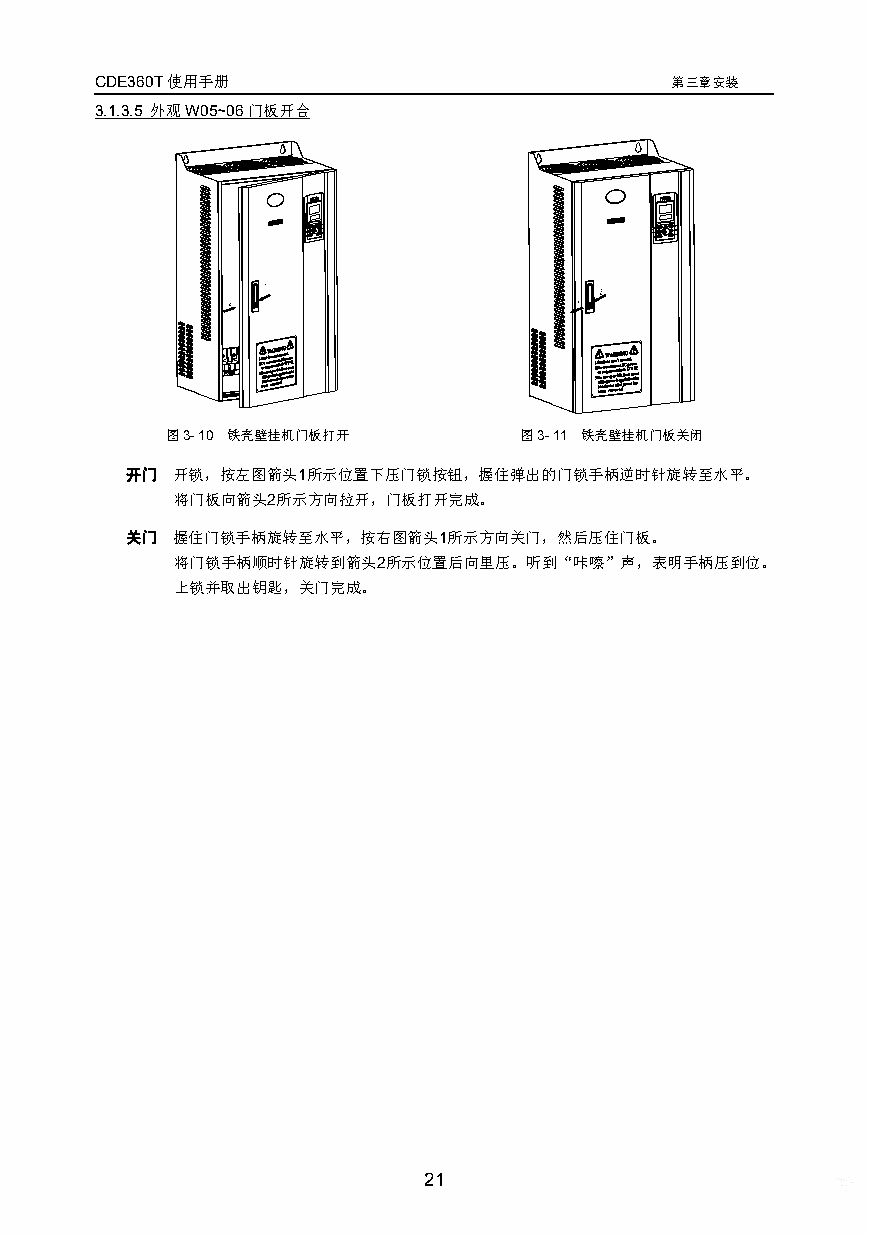
CDE360T使用手册                           第三章安装
 3.1.3.5 外观W05~06门板开合
 图3-10 铁壳壁挂机门板打开        图3-11 铁壳壁挂机门板关闭
 开门 开锁，按左图箭头1所示位置下压门锁按钮，握住弹出的门锁手柄逆时针旋转至水平。
 将门板向箭头2所示方向拉开，门板打开完成。
 关门 握住门锁手柄旋转至水平，按右图箭头1所示方向关门，然后压住门板。
 将门锁手柄顺时针旋转到箭头2所示位置后向里压。听到“咔嚓”声，表明手柄压到位。
 上锁并取出钥匙，关门完成。
 21